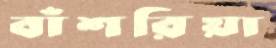
বাঁশরিয়া